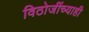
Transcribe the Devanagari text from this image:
विठोजींच्याही